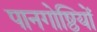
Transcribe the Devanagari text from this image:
पानगोष्ठियों